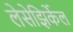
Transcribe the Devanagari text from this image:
लेसेझिर्केल